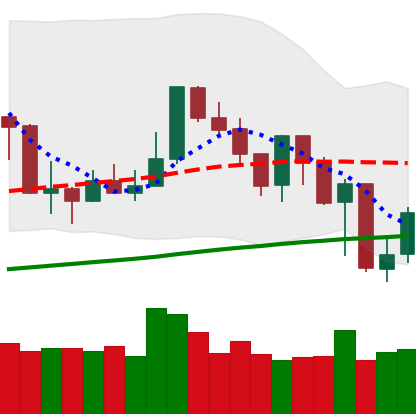
Ticker: XMR-USD
Chart end date: 2019-07-18
Forward return: -3.873%
Label: down_3_5